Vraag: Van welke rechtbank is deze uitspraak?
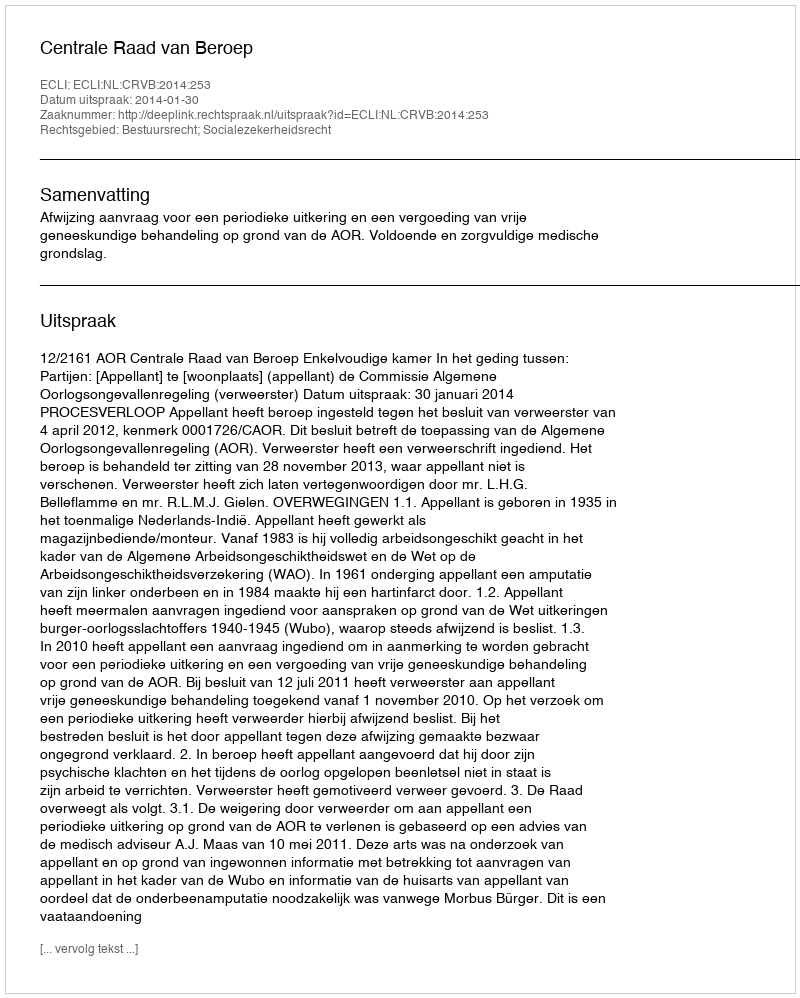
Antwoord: Centrale Raad van Beroep